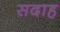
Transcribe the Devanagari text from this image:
सदाह